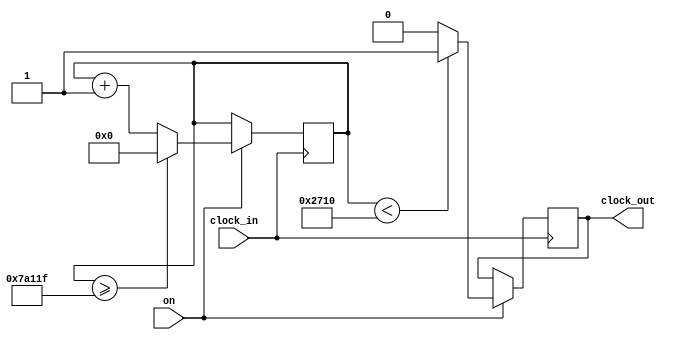
`timescale 1ns / 1ps
//////////////////////////////////////////////////////////////////////////////////
// Company: AUToronto
// 
// Design Name: Sync Trigger Signal Generator
// Module Name: divider_tog
// Project Name: Sync Board
// Target Devices: Arty-Z7-20
// Tool Versions: Vivado 2021.2
// Description: Generation of 20 Hz (variable freq) 
// square signal for camera system.
// 
// Dependencies: DPLLv2.v
//               VCODriveFilter.v
//               divider.v
//               const.xdc
// 
// Revision:
// Revision 0.01 - File Created
// Additional Comments:
// 
//////////////////////////////////////////////////////////////////////////////////

module divider_tog #(
    parameter DIVISOR = 28'd500_000,
    parameter DUTY = 28'd50
    // 6250 microseconds is DUTY = 28'd8
    // 1000 microseconds is DUTY = 28'd50
    // 12500 microseconds is DUTY = 28'd4

    )(
	input wire clock_in,
	input wire on,
	output reg clock_out
);
reg[27:0] counter=28'd0;
//parameter DIVISOR = 28'd2;

integer start =0;

always @(posedge clock_in)
begin
if (on == 1)begin
     counter <= counter + 28'd1;
     if(counter>=(DIVISOR-1))
      counter <= 28'd0;
     clock_out <= (counter<DIVISOR/DUTY)?1'b1:1'b0;
    end
end

endmodule